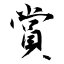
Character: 賞